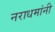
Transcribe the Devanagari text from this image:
नराधमांनी